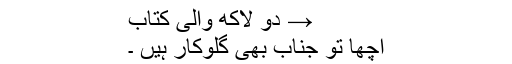
→ دو لاکھ والی کتاب
اچھا تو جناب بھی گلوکار ہیں ۔